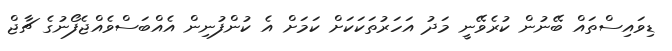
ޑިވައިސްތައް ބޭނުން ކުރެވޭނީ މަދު އަހަރުތަކަކަށް ކަމަށް އެ ކުންފުނިން އެއްބަސްވެއްޖެފޯނުގެ ޗާޖް